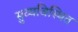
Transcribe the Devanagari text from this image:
सुव्यविस्थित